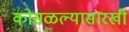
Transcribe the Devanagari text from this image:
कोसळल्यासारखी